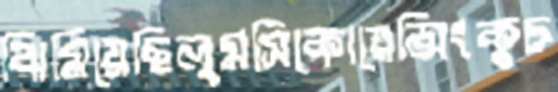
ঝিমিয়েছিলুমসিকোয়েন্সিংকুচ